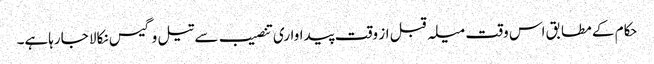
حکام کے مطابق اس وقت میلہ قبل از وقت پیداواری تنصیب سے تیل وگیس نکالا جارہاہے۔